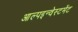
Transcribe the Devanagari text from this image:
आल्पइन्वेस्टमेंट